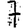
Digit: 7